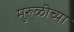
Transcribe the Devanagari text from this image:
मुरुळीच्या